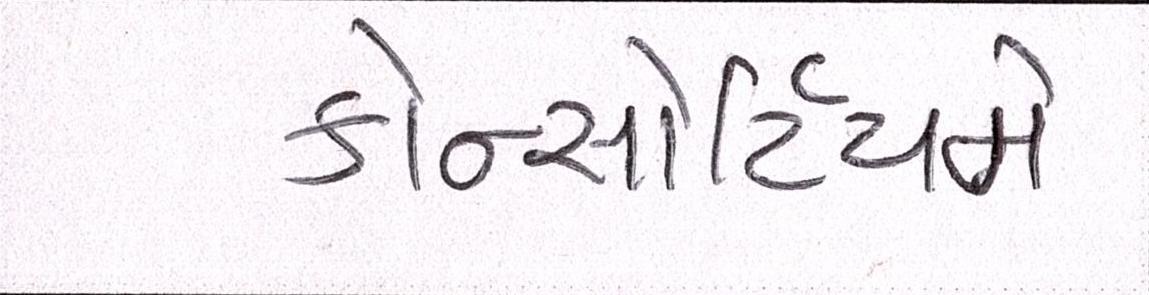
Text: કોન્સોર્ટિયમે